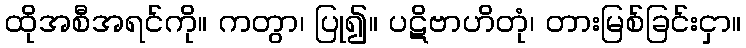
ထိုအစီအရင်ကို။ ကတွာ၊ ပြု၍။ ပဋိဗာဟိတုံ၊ တားမြစ်ခြင်းငှာ။